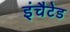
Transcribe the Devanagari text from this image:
इंचैटेड